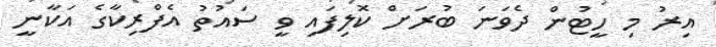
އިރު މި ހީޓުން ދެވަނަ ބުރަށް ކޮލިފައި ވީ ސައުތު އެފްރިކާގެ އަކާނީ